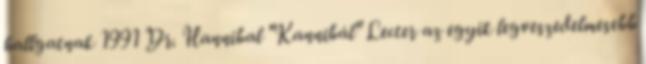
hallgatnak 1991 Dr. Hannibal "Kannibál" Lecter az egyik legveszedelmesebb